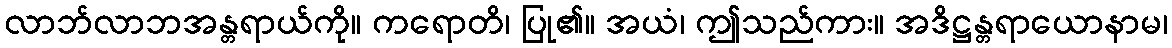
လာဘ်လာဘအန္တရာယ်ကို။ ကရောတိ၊ ပြု၏။ အယံ၊ ဤသည်ကား။ အဒိဋ္ဌန္တရာယောနာမ၊